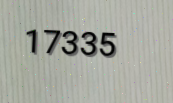
17335